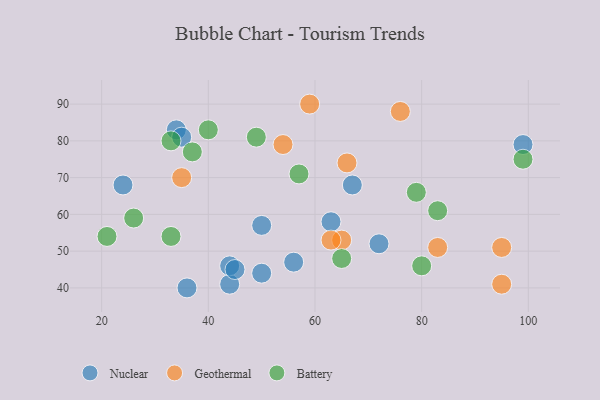
{"axis": {"x": "GDP", "y": "Life Expectancy"}, "legend": ["Battery", "Geothermal", "Nuclear"], "data": [{"x": "50", "y": 44, "type": "Nuclear"}, {"x": "44", "y": 41, "type": "Nuclear"}, {"x": "63", "y": 58, "type": "Nuclear"}, {"x": "34", "y": 83, "type": "Nuclear"}, {"x": "35", "y": 81, "type": "Nuclear"}, {"x": "44", "y": 46, "type": "Nuclear"}, {"x": "50", "y": 57, "type": "Nuclear"}, {"x": "45", "y": 45, "type": "Nuclear"}, {"x": "99", "y": 79, "type": "Nuclear"}, {"x": "36", "y": 40, "type": "Nuclear"}, {"x": "67", "y": 68, "type": "Nuclear"}, {"x": "24", "y": 68, "type": "Nuclear"}, {"x": "56", "y": 47, "type": "Nuclear"}, {"x": "72", "y": 52, "type": "Nuclear"}, {"x": "76", "y": 88, "type": "Geothermal"}, {"x": "65", "y": 53, "type": "Geothermal"}, {"x": "59", "y": 90, "type": "Geothermal"}, {"x": "83", "y": 51, "type": "Geothermal"}, {"x": "95", "y": 41, "type": "Geothermal"}, {"x": "54", "y": 79, "type": "Geothermal"}, {"x": "35", "y": 70, "type": "Geothermal"}, {"x": "63", "y": 53, "type": "Geothermal"}, {"x": "66", "y": 74, "type": "Geothermal"}, {"x": "95", "y": 51, "type": "Geothermal"}, {"x": "99", "y": 75, "type": "Battery"}, {"x": "49", "y": 81, "type": "Battery"}, {"x": "80", "y": 46, "type": "Battery"}, {"x": "40", "y": 83, "type": "Battery"}, {"x": "26", "y": 59, "type": "Battery"}, {"x": "33", "y": 80, "type": "Battery"}, {"x": "83", "y": 61, "type": "Battery"}, {"x": "37", "y": 77, "type": "Battery"}, {"x": "33", "y": 54, "type": "Battery"}, {"x": "65", "y": 48, "type": "Battery"}, {"x": "79", "y": 66, "type": "Battery"}, {"x": "57", "y": 71, "type": "Battery"}, {"x": "21", "y": 54, "type": "Battery"}]}